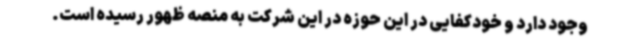
وجود دارد و خودکفایی در این حوزه در این شرکت به منصه ظهور رسیده است.